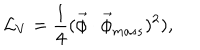
\mathcal { L } _ { V } = \frac { 1 } { 4 } ( \vec { \phi } \cdot \vec { \phi } _ { m a s s } ) ^ { 2 } ) ,